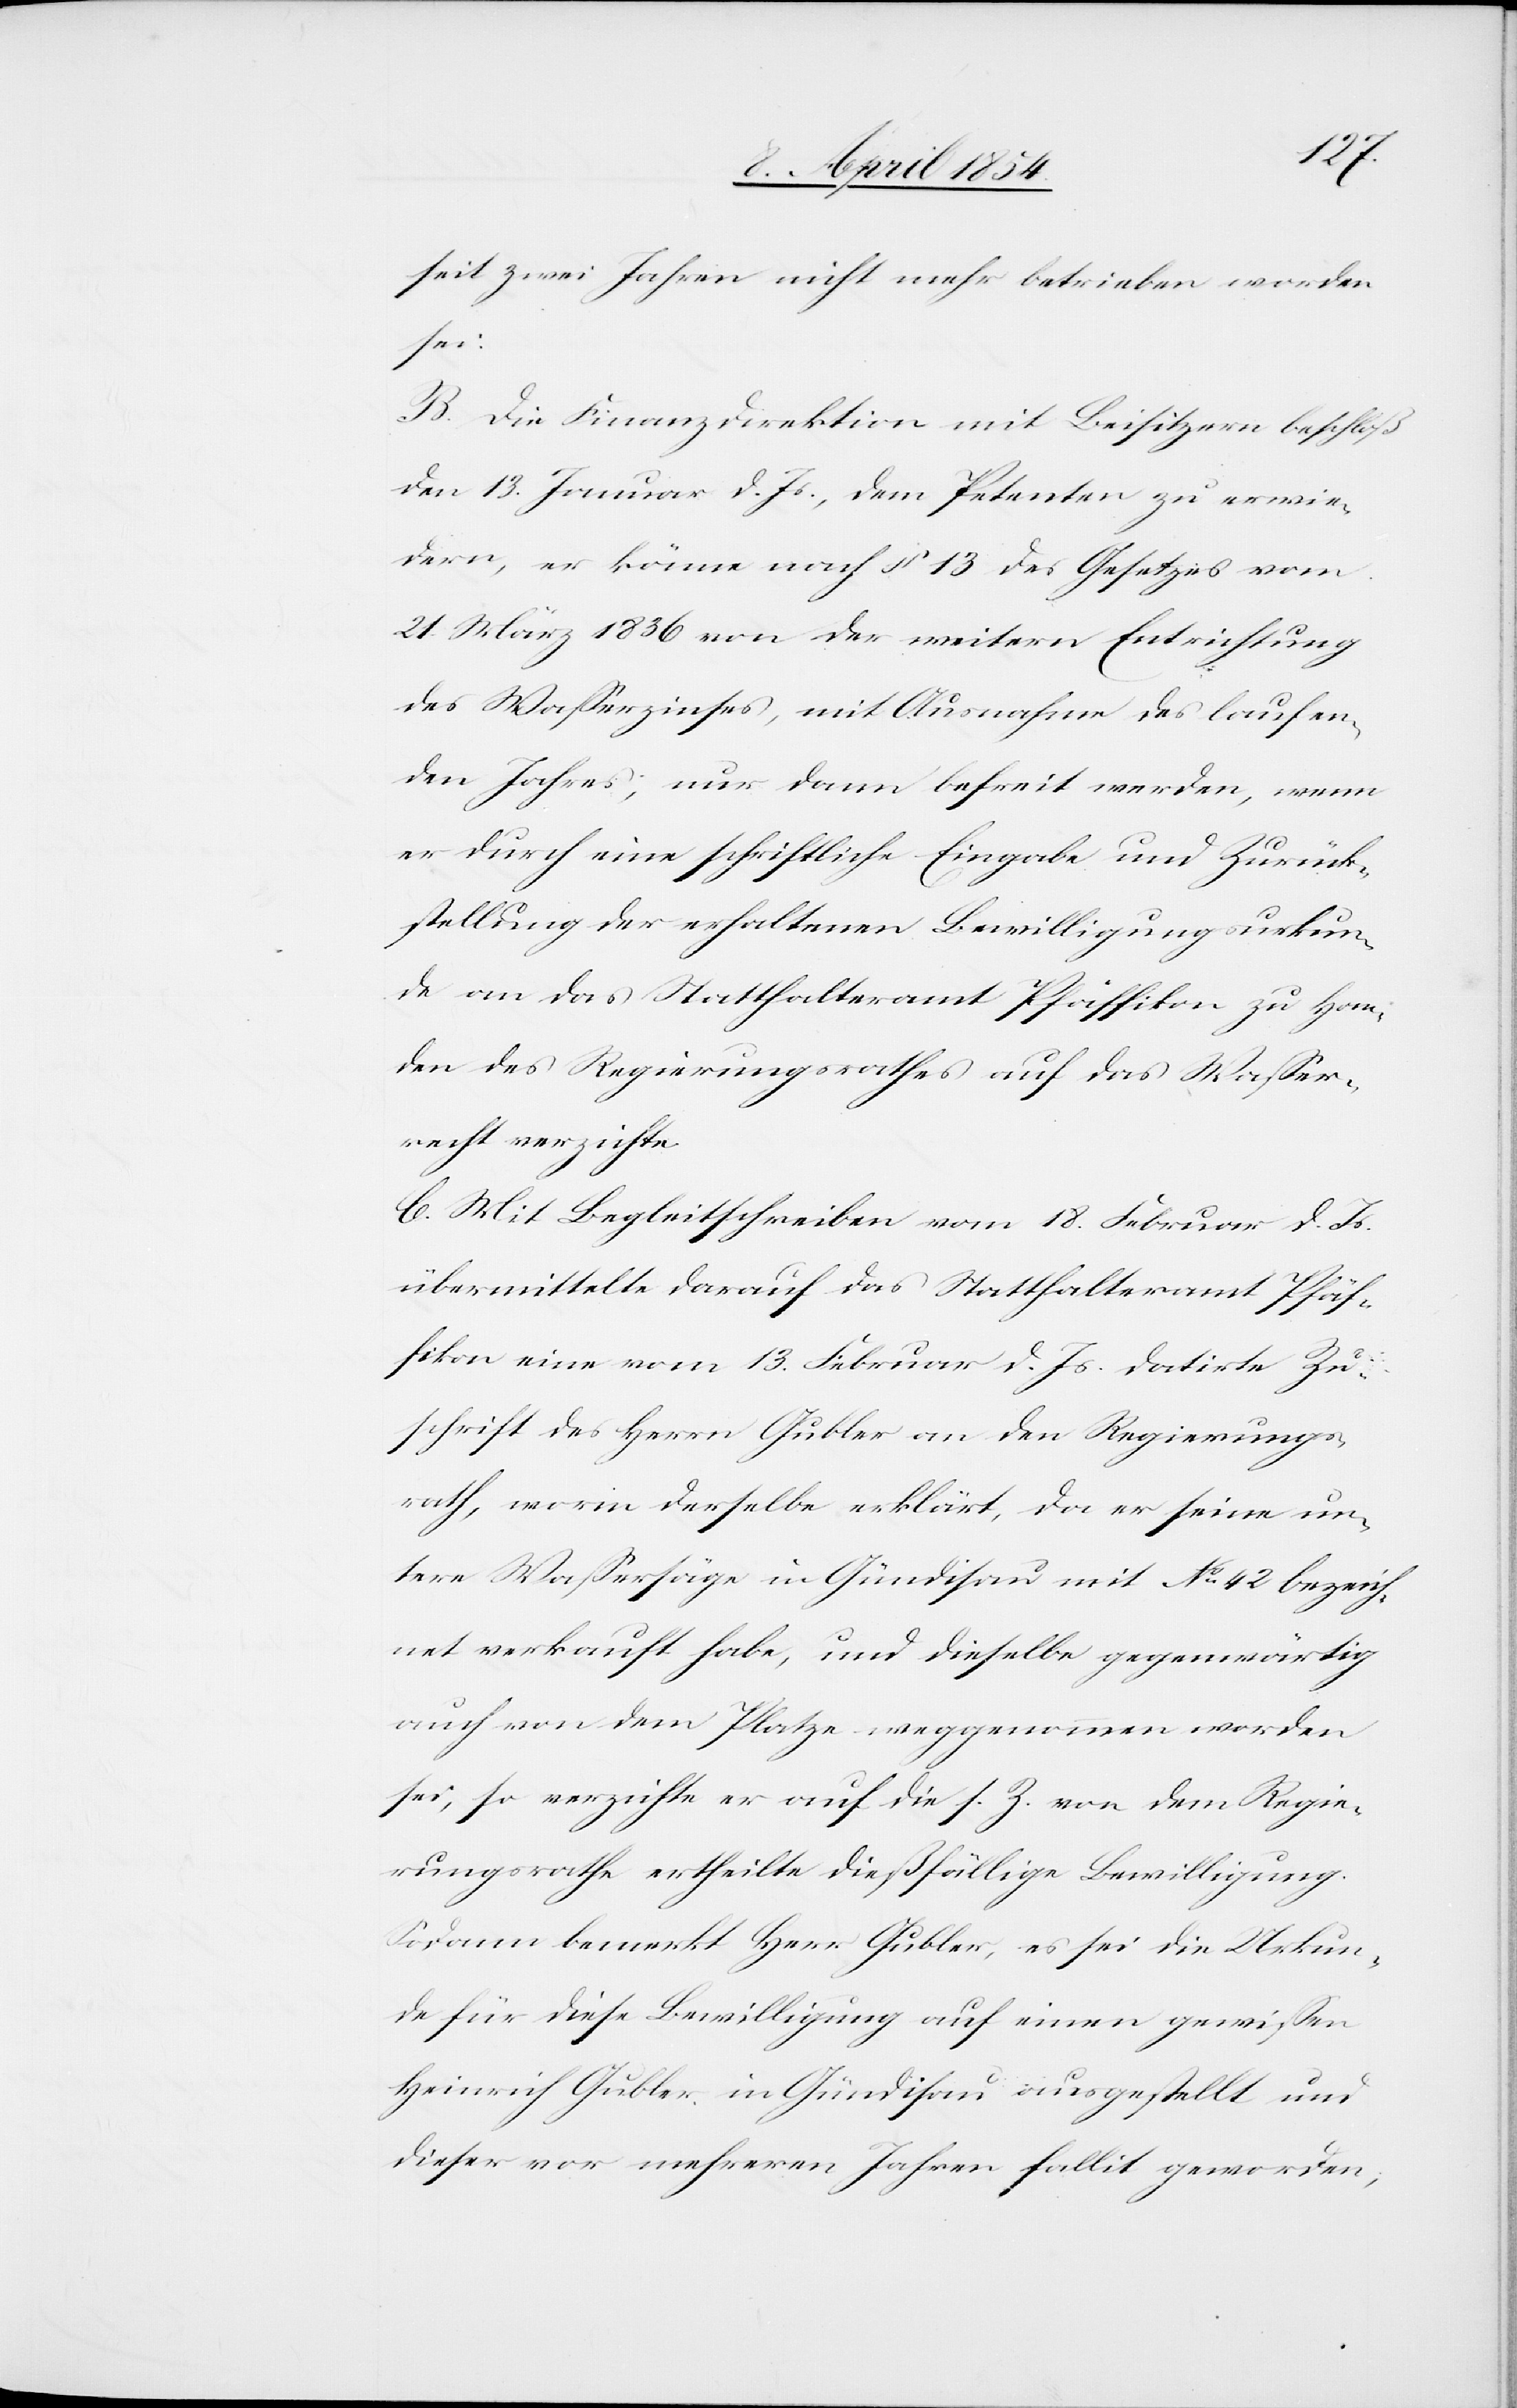
seit zwei Jahren nicht mehr betrieben worden
sei.
B. Die Finanzdirektion mit Beisitzern beschloß
den 13. Januar d. Js., dem Petenten zu erwie¬
dern, er könne nach § 13 des Gesetzes vom
21. März 1836 von der weitern Entrichtung
des Waßerzinses, mit Ausnahme des laufen¬
den Jahres; nur dann befreit werden, wenn
er durch eine schriftliche Eingabe und Zurück¬
stellung der erhaltenen Bewilligungsurkun¬
de an das Statthalteramt Pfäffikon zu Han¬
den des Regierungsrathes auf das Waßer¬
recht verzichte.
C. Mit Begleitschreiben vom 18. Februar d. Js.
übermittelte darauf das Statthalteramt Pfäf¬
fikon eine vom 13. Februar d. Js. datirte Zu¬
schrift des Herrn Gubler an den Regierungs¬
rath, worin derselbe erklärt, da er seine un¬
tere Waßersäge in Gündisau mit No 42 bezeich¬
net verkauft habe, und dieselbe gegenwärtig
auch von dem Platze weggenommen worden
sei, so verzichte er auf die s. Z. von dem Regie¬
rungsrathe ertheilte dießfällige Bewilligung.
Sodann bemerkt Herr Gubler, es sei die Urkun¬
de für diese Bewilligung auf einen gewißen
Heinrich Gubler in Gündisau ausgestellt und
dieser vor mehreren Jahren fallit geworden;